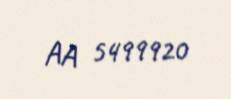
AA 5499920